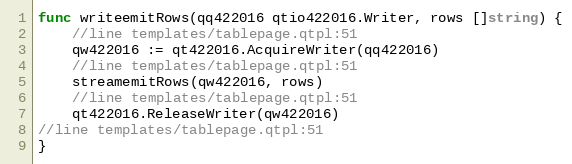
Language: Go
func writeemitRows(qq422016 qtio422016.Writer, rows []string) {
	//line templates/tablepage.qtpl:51
	qw422016 := qt422016.AcquireWriter(qq422016)
	//line templates/tablepage.qtpl:51
	streamemitRows(qw422016, rows)
	//line templates/tablepage.qtpl:51
	qt422016.ReleaseWriter(qw422016)
//line templates/tablepage.qtpl:51
}